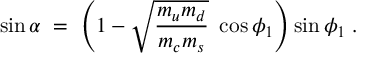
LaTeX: \sin \alpha \; = \; \left( 1 - \sqrt { \frac { m _ { u } m _ { d } } { m _ { c } m _ { s } } } ~ \cos \phi _ { 1 } \right) \sin \phi _ { 1 } \; .